Civil Veterinary Department. Madras. Admin. report 1910-25 - 1910-1925
Year: 1910
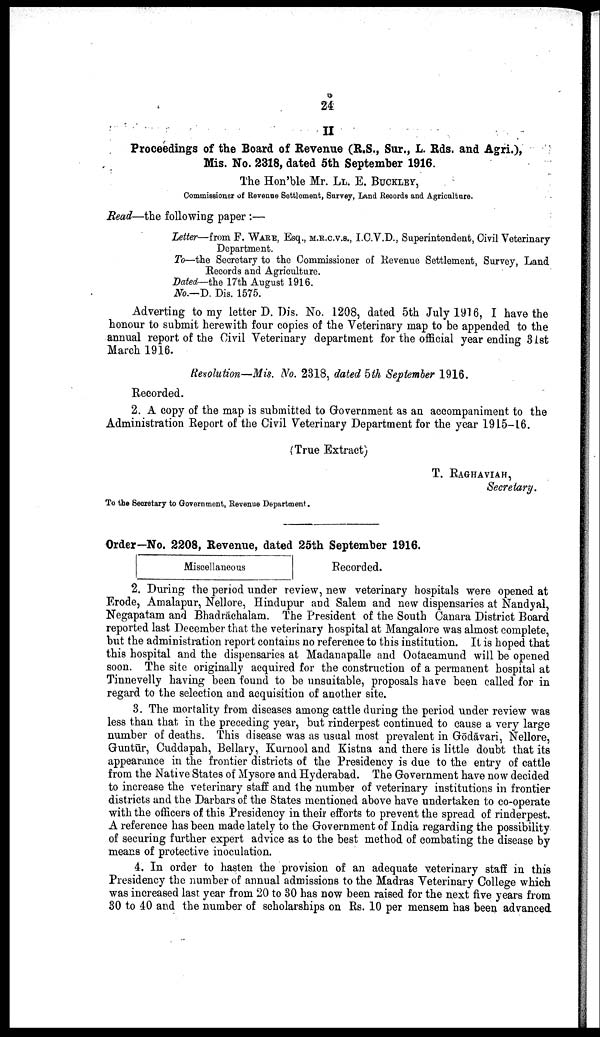
24
II
Proceedings of the Board of Revenue (R.S., Sur., L. Rds. and Agri.),
Mis. No. 2318, dated 5th September 1916.
The Hon'ble Mr. LL. E. BUCKLEY,
Commissioner of Revenue Settlement, Survey, Land Recorde and Agriculture.
Read—the following paper :—
Letter—from F. WARE, Esq., M.R.C.V.S., I.C.V.D., Superintendent, Civil Veterinary
Department.
To—the Secretary to the Commissioner of Revenue Settlement, Survey, Land
Records and Agriculture.
Dated— the 17th August 1916.
No.—D. Dis. 1575.
Adverting to my letter D. Dis. No. 1208, dated 5th July 1916, I have the
honour to submit herewith four copies of the Veterinary map to be appended to the
annual report of the Civil Veterinary department for the official year ending 31st
March 1916.
Revolution—Mis. No. 2318, dated 5th September 1916.
Recorded.
2. A copy of the map is submitted to Government as an accompaniment to the
Administration Report of the Civil Veterinary Department for the year 1915-16.
(True Extract)
T. RAGHAVIAH,
Secretary.
To the Secretary to Government, Revenue Department.
Order—No. 2208, Revenue, dated 25th September 1916.
Miscellaneous
Recorded.
2. During the period under review, new veterinary hospitals were opened at
Erode, Amalapur, Nellore, Hindupur and Salem and new dispensaries at Nandyal,
Negapatam and Bhadrächalam. The President of the South Canara District Board
reported last December that the veterinary hospital at Mangalore was almost complete,
but the administration report contains no reference to this institution. It is hoped that
this hospital and the dispensaries at Madanapalle and Ootacamund will be opened
soon. The site originally acquired for the construction of a permanent hospital at
Tinnevelly having been found to be unsuitable, proposals have been called for in
regard to the selection and acquisition of another site.
3. The mortality from diseases among cattle during the period under review was
less than that in the preceding year, but rinderpest continued to cause a very large
number of deaths. This disease was as usual most prevalent in Gōdāvari, Nellore,
Guntūr, Cuddapah, Bellary, Kurnool and Kistna and there is little doubt that its
appearance in the frontier districts of the Presidency is due to the entry of cattle
from the Native States of Mysore and Hyderabad. The Government have now decided
to increase the veterinary staff and the number of veterinary institutions in frontier
districts and the Darbars of the States mentioned above have undertaken to co-operate
with the officers of this Presidency in their efforts to prevent the spread of rinderpest.
A reference has been made lately to the Government of India regarding the possibility
of securing further expert advice as to the best method of combating the disease by
means of protective inoculation.
4. In order to hasten the provision of an adequate veterinary staff in this
Presidency the number of annual admissions to the Madras Veterinary College which
was increased last year from 20 to 30 has now been raised for the next five years from
30 to 40 and the number of scholarships on Rs. 10 per mensem has been advanced